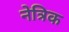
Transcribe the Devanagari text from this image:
नेत्रिक